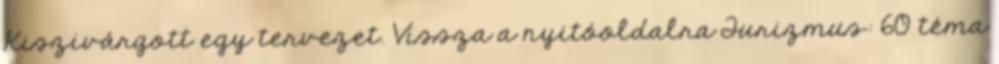
Kiszivárgott egy tervezet. Vissza a nyitóoldalra Turizmus: 60 téma